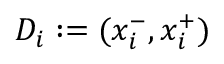
D _ { i } : = ( x _ { i } ^ { - } , x _ { i } ^ { + } )